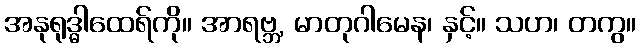
အနုရုဒ္ဓါထေရ်ကို။ အာရဗ္ဘ, မာတုဂါမေန၊ နှင့်။ သဟ၊ တကွ။